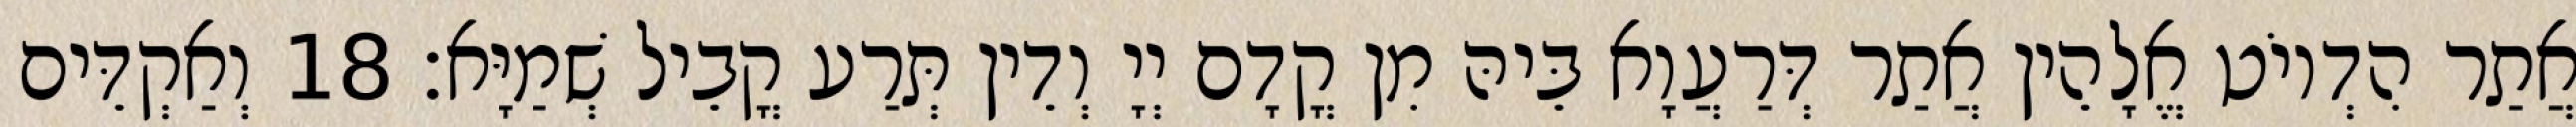
אֲתַר הִדְיוֹט אֱלָהֵין אֲתַר דְּרַעֲוָא בֵּיהּ מִן קֳדָם יְיָ וְדֵין תְּרַע קֳבֵיל שְׁמַיָּא׃ 18 וְאַקְדֵּים